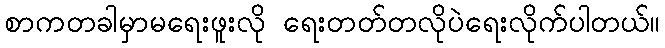
စာကတခါမှာမရေးဖူးလို ရေးတတ်တလိုပဲရေးလိုက်ပါတယ်။